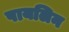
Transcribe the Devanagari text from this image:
पायलिन